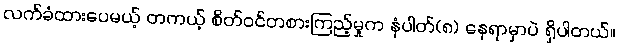
လက်ခံထားပေမယ့် တကယ့် စိတ်ဝင်တစားကြည့်မှုက နံပါတ်(၈) နေရာမှာပဲ ရှိပါတယ်။